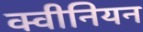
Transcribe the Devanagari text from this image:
क्वीनियन